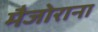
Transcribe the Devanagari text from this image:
मैजोराना